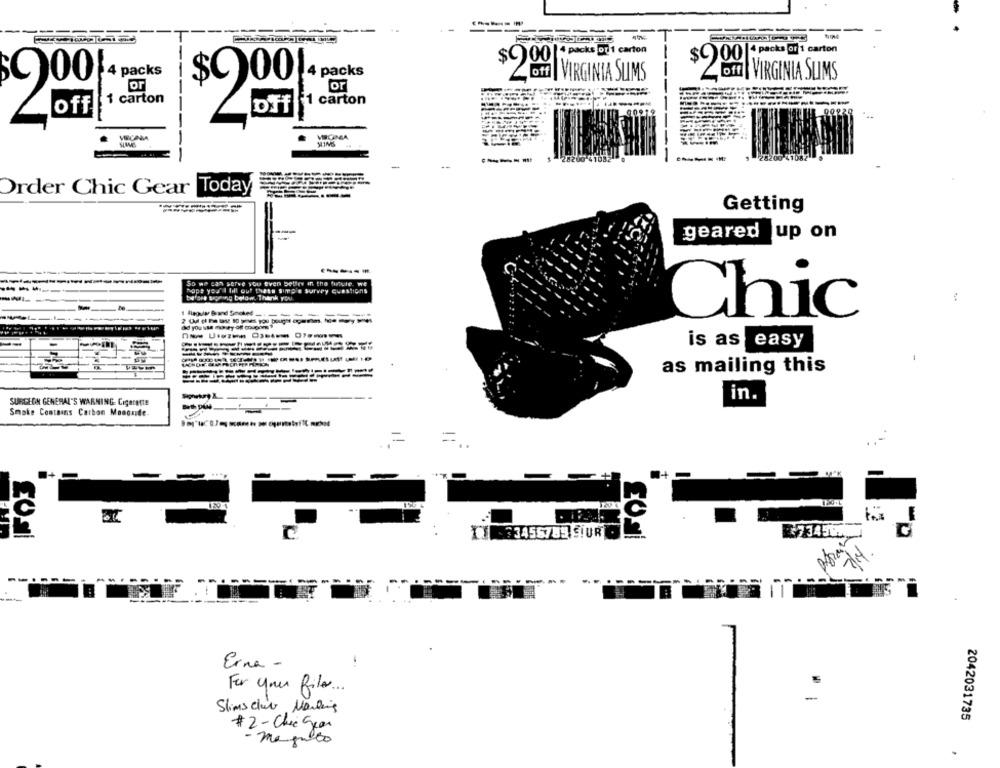
---
$900 * packs for 1 carton
00 |+ packs or 1 carton
off | VIRGINIA SUMS
VIRGINIA SUMS
$9 00 4 packs
-
or
for
1 carton
1 carton
1
off
44
-----
28200
Order Chic Gear Today
Getting
geared
up on
So we can serve you even better in the future. we
hope you'll fill out thets simple survey questions
before signing below. Thank
:
1 Begun Band Smoked _. _
Chic
ad you use mo ty of corpomet
is as easy
---
as mailing this
-----
in.
SURGEON GENERAL'S WARNING: Cigarette
Smoke Contains Carbon Monguide.
E
3456789 SiUR
73459.
Erna -
For your files ..
-
Slims club Martins
2042031735
# 2- Chic Sean
- magusto
.